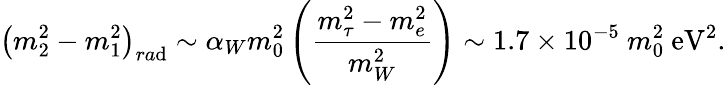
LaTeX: \left(m_{2}^{2}-m_{1}^{2}\right)_{ra\mathrm{d}}\sim\alpha_{W}m_{0}^{2}\left({\frac{{m_{\tau}^{2}-m_{e}^{2}}}{{m_{W}^{2}}}}\right)\sim1.7\times10^{-5}~m_{0}^{2}~\mathrm{{eV}}^{2}.